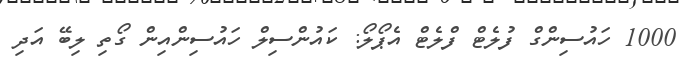
1000 ހައުސިންގް ފުލެޓް ފްލެޓް އެޕޯލޯ: ކައުންސިލް ހައުސިންއިން ގޯތި ލިބޭ އަދި